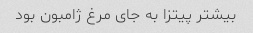
بیشتر پیتزا به جای مرغ ژامبون بود